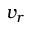
v _ { r }